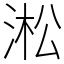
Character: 淞